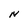
Character: N